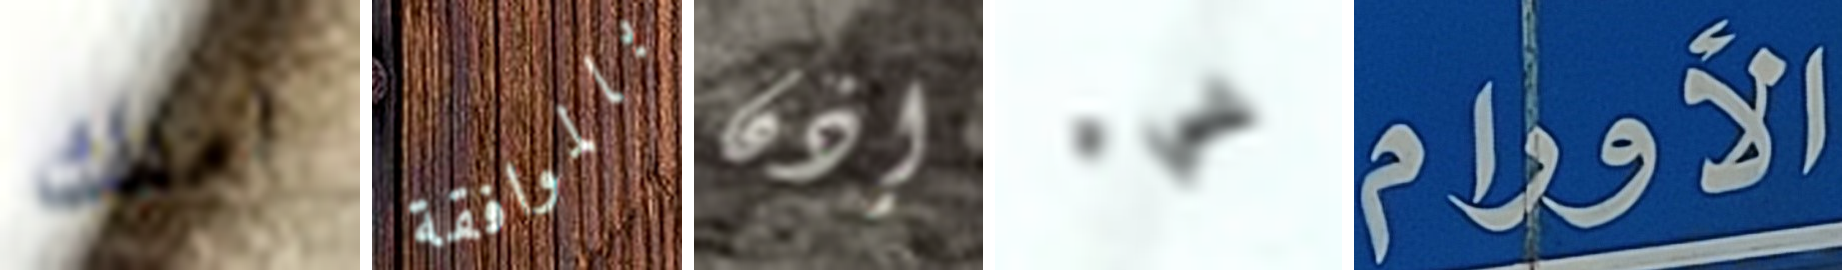
املك بالموافقة إذن شيء الأورام